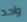
واحد